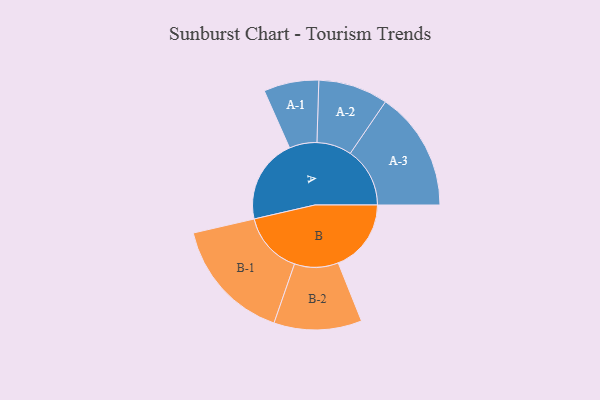
{"axis": {"x": "Segment", "y": "Value"}, "legend": ["", "A", "B"], "data": [{"x": "A", "y": 393, "type": ""}, {"x": "B", "y": 339, "type": ""}, {"x": "A-1", "y": 128, "type": "A"}, {"x": "A-2", "y": 162, "type": "A"}, {"x": "A-3", "y": 277, "type": "A"}, {"x": "B-1", "y": 288, "type": "B"}, {"x": "B-2", "y": 204, "type": "B"}]}